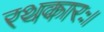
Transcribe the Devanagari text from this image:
रथकारः।